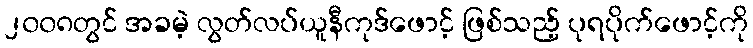
၂၀၀၈တွင် အခမဲ့ လွတ်လပ်ယူနီကုဒ်ဖောင့် ဖြစ်သည့် ပုရပိုက်ဖောင့်ကို